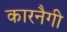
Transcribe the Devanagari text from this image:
कारनैगी